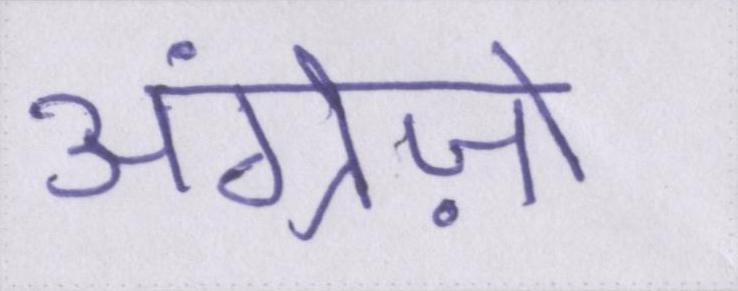
अंग्रेज़ो